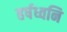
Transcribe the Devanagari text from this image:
हर्षध्वनि